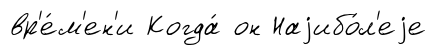
вр'е́м'ен'и Когда́ он Наjибо́л'еjе